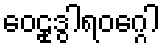
ဝေဠုဒွါရဝဂ္ဂေါ